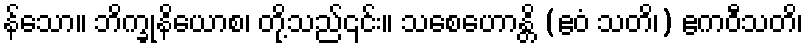
န်သော။ ဘိက္ခုနိယောစ၊ တို့သည်၎င်း။ သစေဟောန္တိ (ဧဝံ သတိ၊) ဧကဝီသတိ၊